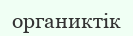
органиктік